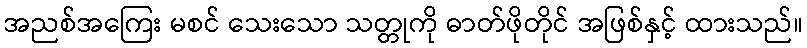
အညစ်အကြေး မစင် သေးသော သတ္တုကို ဓာတ်ဖိုတိုင် အဖြစ်နှင့် ထားသည်။